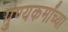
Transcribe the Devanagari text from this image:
पुण्यकर्मांच्या